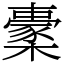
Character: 㯻